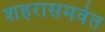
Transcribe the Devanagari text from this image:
शहरासमवेत